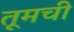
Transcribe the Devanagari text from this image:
तूमची